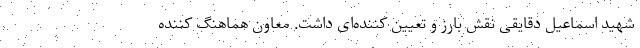
شهید اسماعیل دقایقی نقش بارز و تعیین کننده‌ای داشت. معاون هماهنگ کننده